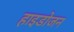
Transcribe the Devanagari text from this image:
हाइडोजन